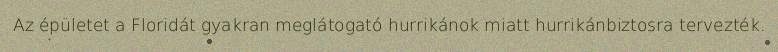
Az épületet a Floridát gyakran meglátogató hurrikánok miatt hurrikánbiztosra tervezték.